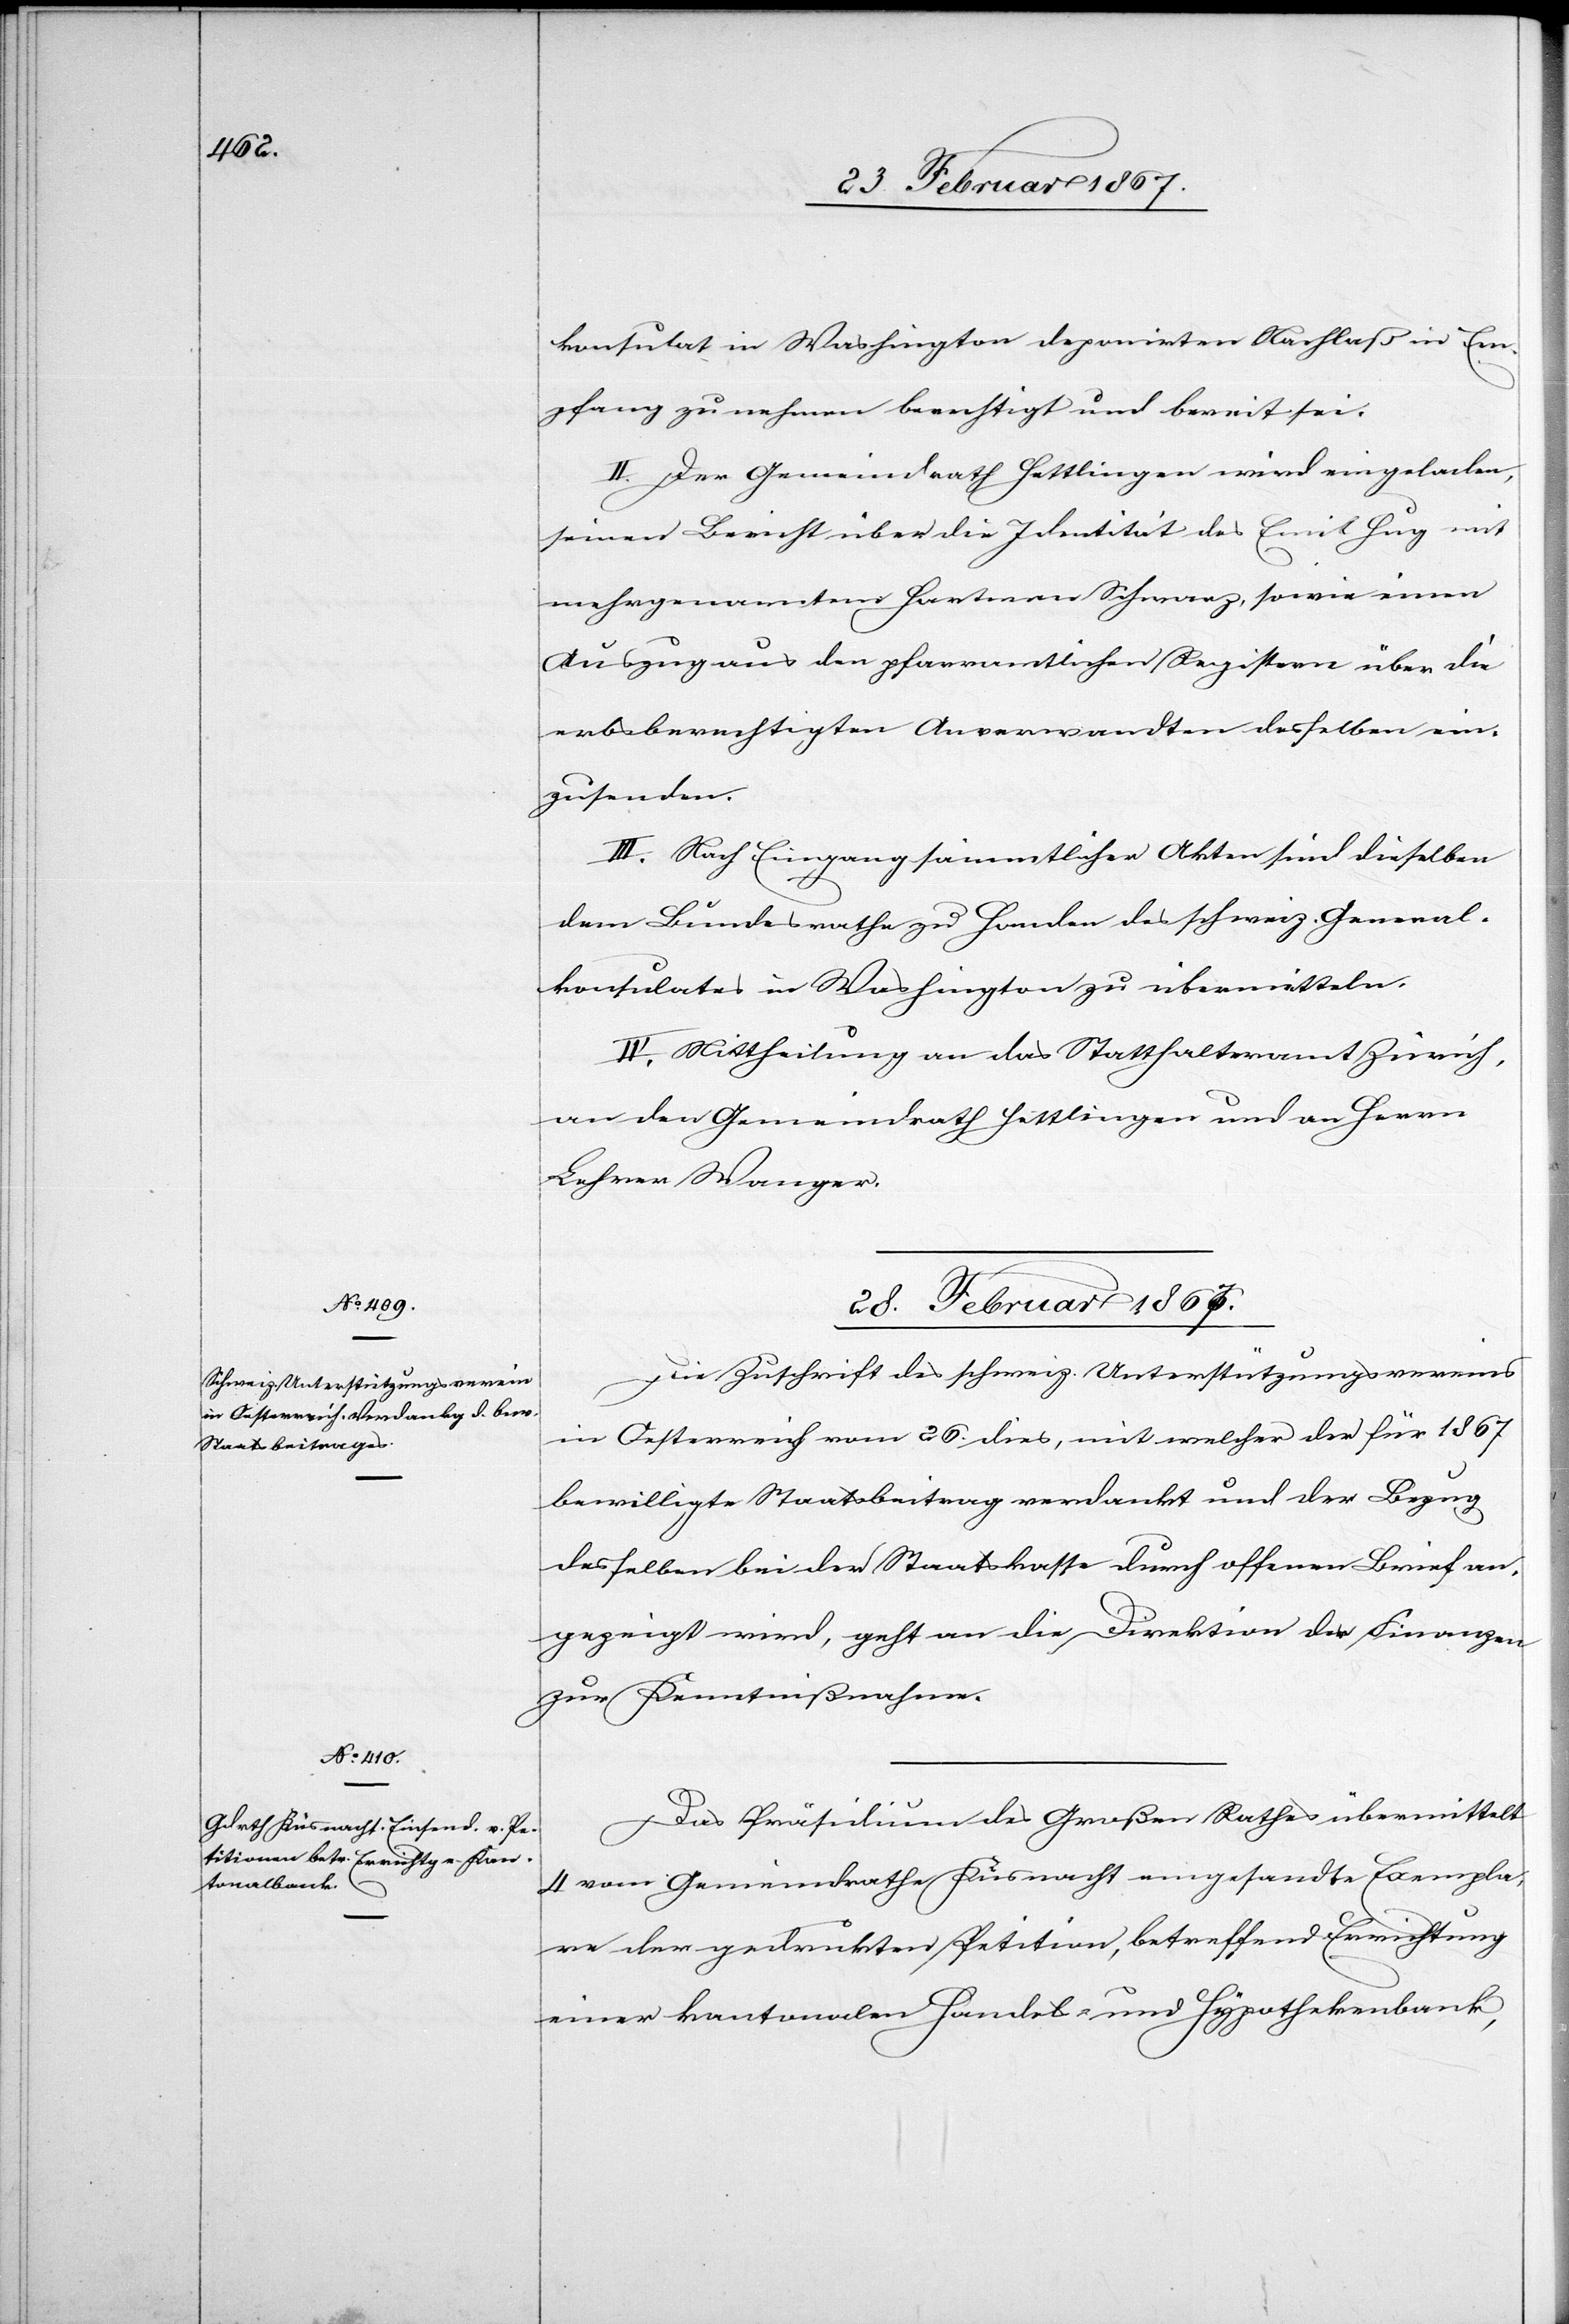
konsulat in Washington deponirten Nachlaß in Em¬
pfang zu nehmen berechtigt und bereit sei.
II. Der Gemeindrath Hettlingen wird eingeladen,
seinen Bericht über die Identität des Emil Hug mit
mehrgenanntem Hartmann Schwarz, sowie einen
Auszug aus den pfarramtlichen Registern über die
erbsberechtigten Anverwandten desselben ein¬
zusenden.
III. Nach Eingang sämmtlicher Akten sind dieselben
dem Bundesrathe zu Handen des schweiz. General¬
konsulates in Washington zu übermitteln.
IV. Mittheilung an das Statthalteramt Zürich,
an den Gemeindrath Hettlingen und an Herrn
Lehrer Wanger.
28. Februar 1867.]
Die Zuschrift des schweiz. Unterstützungsvereins
in Oesterreich vom 26. dies, mit welcher der für 1867
bewilligte Staatsbeitrag verdankt und der Bezug
desselben bei der Staatskasse durch offenen Brief an¬
gezeigt wird, geht an die Direktion der Finanzen
zur Kenntnißnahme.
Das Präsidium des Großen Rathes übermittelt
4 vom Gemeindrathe Küsnacht eingesandte Exempla¬
re der gedruckten Petition, betreffend Errichtung
einer kantonalen Handels- und Hypothekenbank,